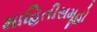
માહિતીસમૂહો